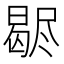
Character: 𣍊